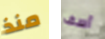
منذ آسف